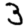
Digit: 3